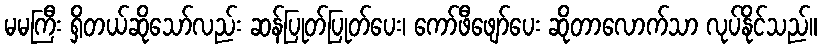
မမကြီး ရှိတယ်ဆိုသော်လည်း ဆန်ပြုတ်ပြုတ်ပေး၊ ကော်ဖီဖျော်ပေး ဆိုတာလောက်သာ လုပ်နိုင်သည်။